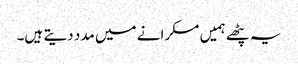
یہ پٹھے ہمیں مسکرانے میں مدد دیتے ہیں۔